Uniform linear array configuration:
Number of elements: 16
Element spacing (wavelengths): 0.75
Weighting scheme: binomial
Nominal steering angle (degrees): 45
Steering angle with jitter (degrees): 43.173
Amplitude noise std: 0.05
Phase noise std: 0.05

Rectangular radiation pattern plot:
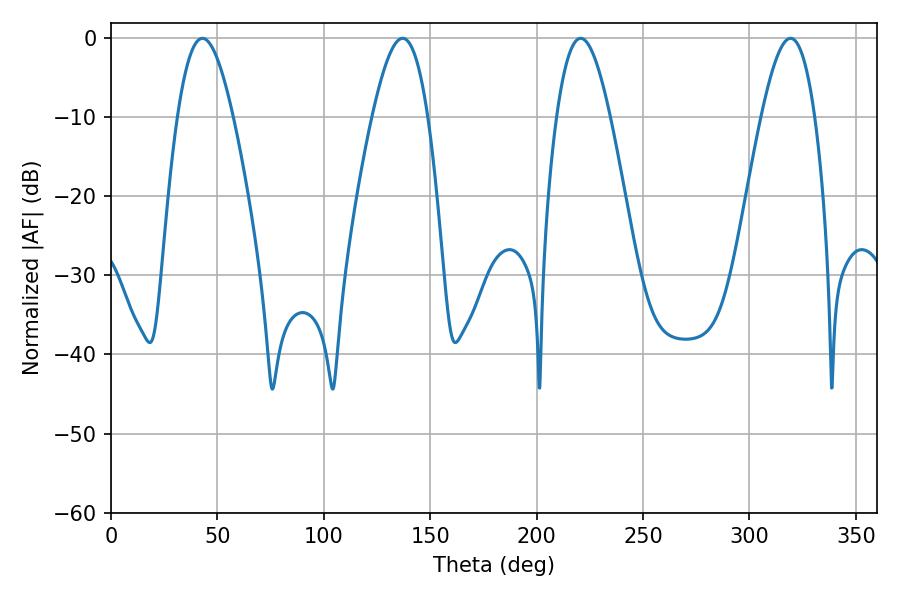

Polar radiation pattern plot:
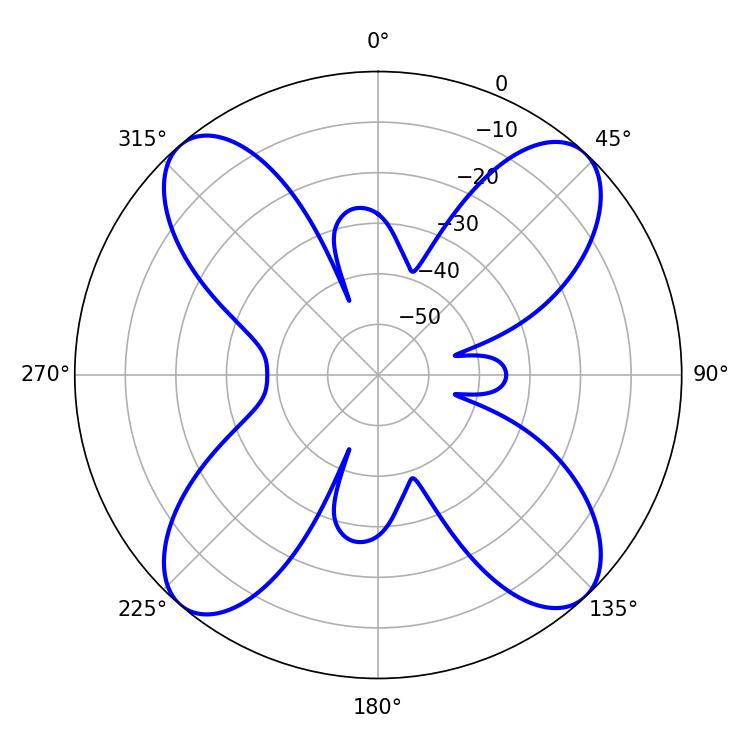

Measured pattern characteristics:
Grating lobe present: TRUE
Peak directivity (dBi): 18.541
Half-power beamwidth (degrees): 13.68
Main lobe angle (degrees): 220.68